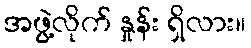
အဖွဲ့လိုက် နှုန်း ရှိလား။